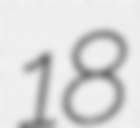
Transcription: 18